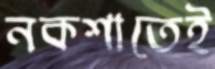
নকশাতেই